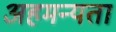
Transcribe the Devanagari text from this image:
अहमन्यता